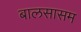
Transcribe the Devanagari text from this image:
बालसासम